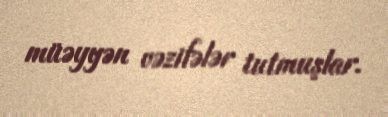
müəyyən vəzifələr tutmuşlar.